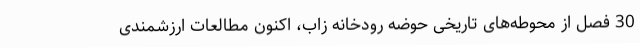
30 فصل از محوطه‌های تاریخی حوضه رودخانه زاب، اکنون مطالعات ارزشمندی